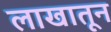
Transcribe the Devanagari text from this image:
लाखातून